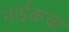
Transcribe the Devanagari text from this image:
नाईकचा